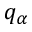
q _ { \alpha }